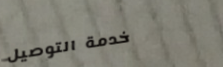
خدمة التوصيل